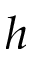
h